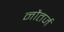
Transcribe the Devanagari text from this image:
नौतर्ज